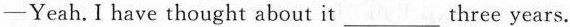
—Yeah.I have thought about it___three years.